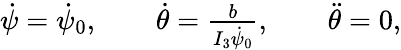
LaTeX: \begin{array}{r}{\dot{\psi}=\dot{\psi}_{0},\qquad\dot{\theta}=\frac{b}{I_{3}\dot{\psi}_{0}},\qquad\ddot{\theta}=0,}\end{array}